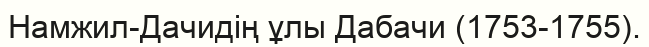
Намжил-Дачидің ұлы Дабачи (1753-1755).